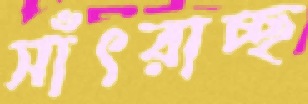
সাঁৎরাচ্ছ